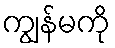
ကျွန်မကို